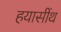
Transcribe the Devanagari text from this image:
हयासींथ